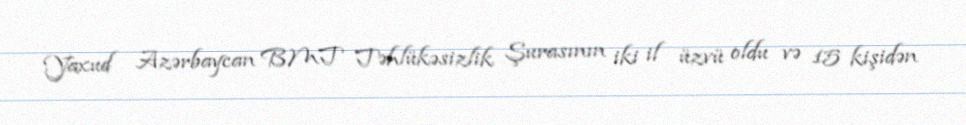
Yaxud Azərbaycan BMT Təhlükəsizlik Şurasının iki il üzvü oldu və 15 kişidən